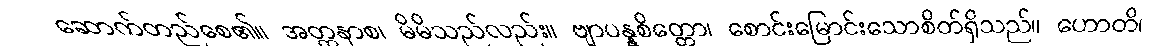
ဆောက်တည်စေ၏။ အတ္တနာစ၊ မိမိသည်လည်း။ ဗျာပန္နစိတ္တော၊ စောင်းမြောင်းသောစိတ်ရှိသည်။ ဟောတိ၊